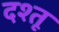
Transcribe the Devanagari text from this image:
दश्तू